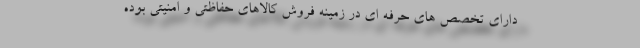
دارای تخصص های حرفه ای در زمینه فروش کالاهای حفاظتی و امنیتی بوده